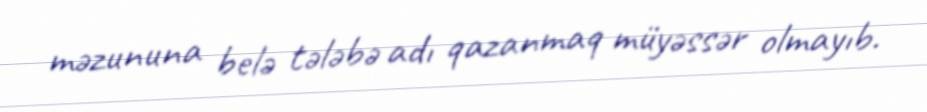
məzununa belə tələbə adı qazanmaq müyəssər olmayıb.